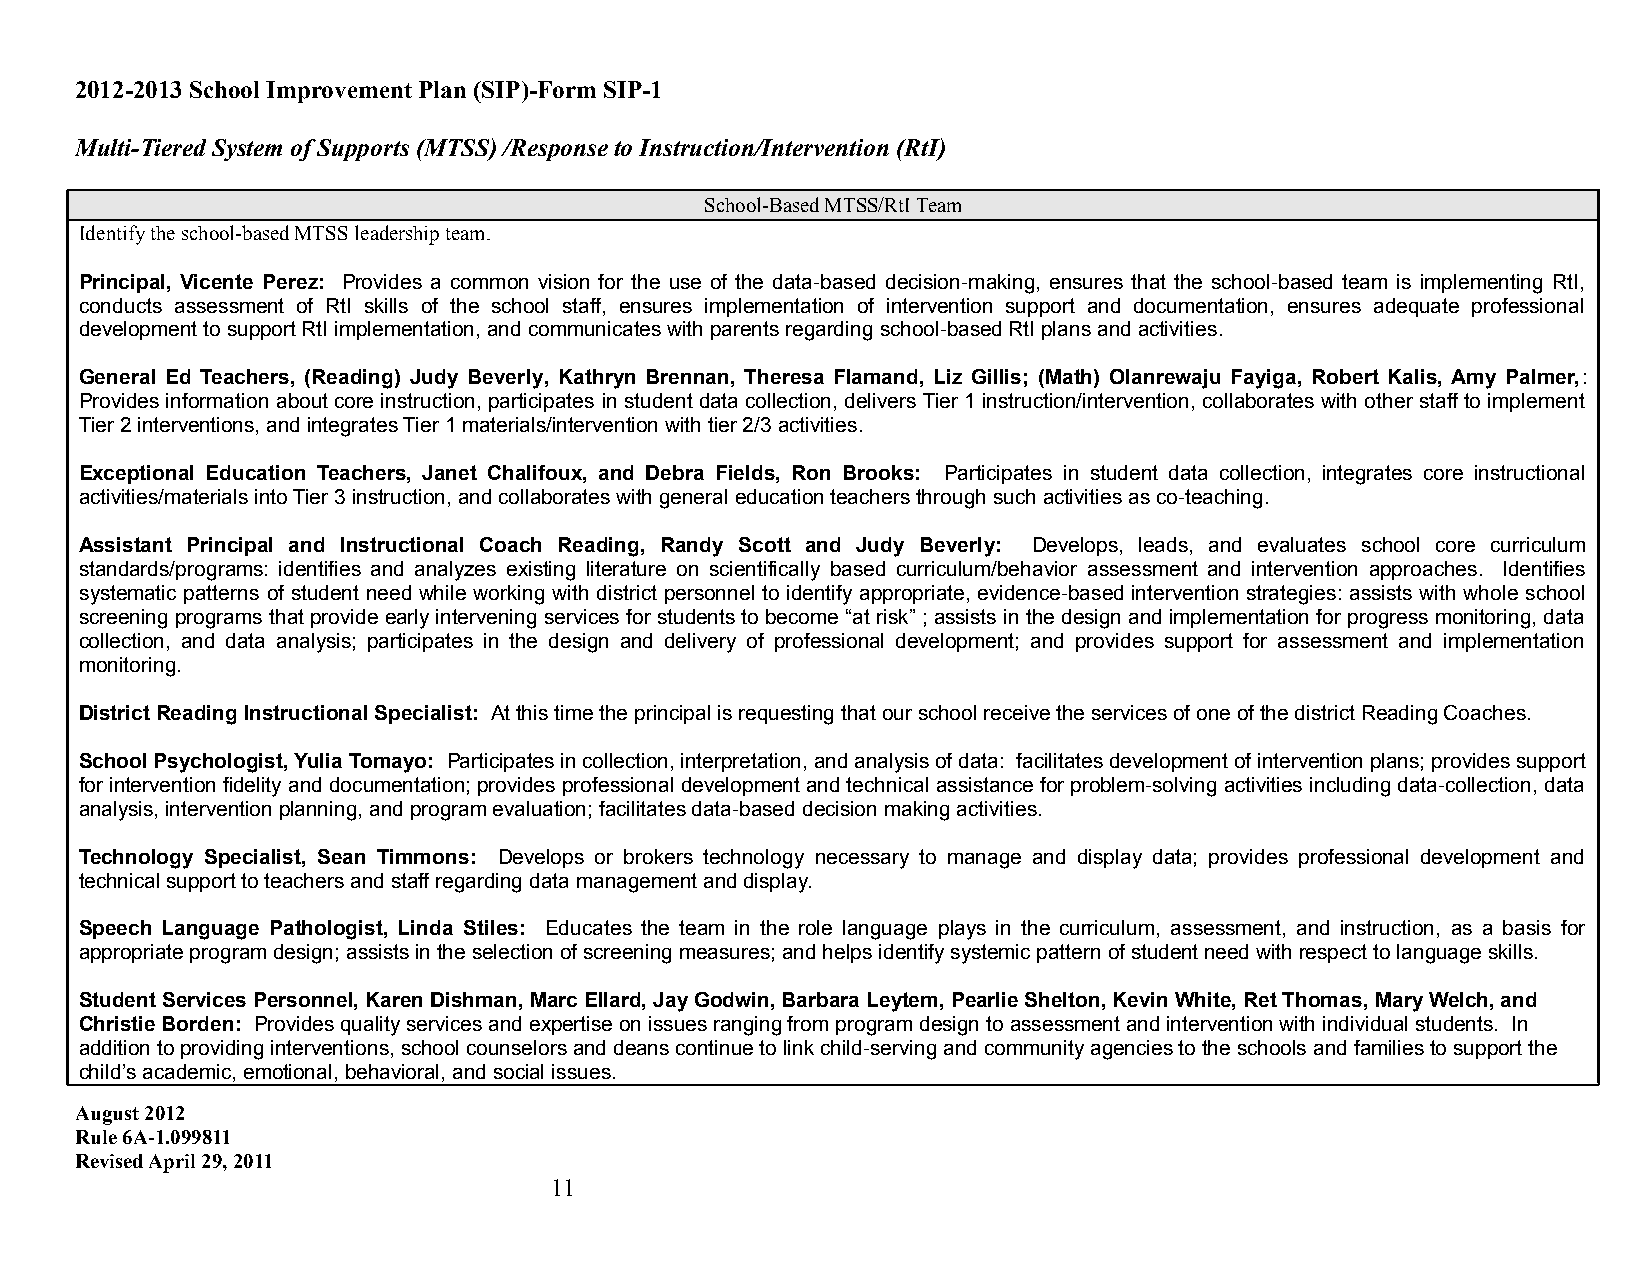
2012-2013 School Improvement Plan (SIP)-Form SIP-1
 Multi-Tiered System of Supports (MTSS) /Response to Instruction/Intervention (RtI)
 School-Based MTSS/RtI Team
 Identify the school-based MTSS leadership team.
 Principal, Vicente Perez: Provides a common vision for the use of the data-based decision-making, ensures that the school-based team is implementing RtI,
 conducts assessment of RtI skills of the school staff, ensures implementation of intervention support and documentation, ensures adequate professional
 development to support RtI implementation, and communicates with parents regarding school-based RtI plans and activities.
 General Ed Teachers, (Reading) Judy Beverly, Kathryn Brennan, Theresa Flamand, Liz Gillis; (Math) Olanrewaju Fayiga, Robert Kalis, Amy Palmer,:
 Provides information about core instruction, participates in student data collection, delivers Tier 1 instruction/intervention, collaborates with other staff to implement
 Tier 2 interventions, and integrates Tier 1 materials/intervention with tier 2/3 activities.
 Exceptional Education Teachers, Janet Chalifoux, and Debra Fields, Ron Brooks: Participates in student data collection, integrates core instructional
 activities/materials into Tier 3 instruction, and collaborates with general education teachers through such activities as co-teaching.
 Assistant Principal and Instructional Coach Reading, Randy Scott and Judy Beverly: Develops, leads, and evaluates school core curriculum
 standards/programs: identifies and analyzes existing literature on scientifically based curriculum/behavior assessment and intervention approaches. Identifies
 systematic patterns of student need while working with district personnel to identify appropriate, evidence-based intervention strategies: assists with whole school
 screening programs that provide early intervening services for students to become “at risk” ; assists in the design and implementation for progress monitoring, data
 collection, and data analysis; participates in the design and delivery of professional development; and provides support for assessment and implementation
 monitoring.
 District Reading Instructional Specialist: At this time the principal is requesting that our school receive the services of one of the district Reading Coaches.
 School Psychologist, Yulia Tomayo: Participates in collection, interpretation, and analysis of data: facilitates development of intervention plans; provides support
 for intervention fidelity and documentation; provides professional development and technical assistance for problem-solving activities including data-collection, data
 analysis, intervention planning, and program evaluation; facilitates data-based decision making activities.
 Technology Specialist, Sean Timmons: Develops or brokers technology necessary to manage and display data; provides professional development and
 technical support to teachers and staff regarding data management and display.
 Speech Language Pathologist, Linda Stiles: Educates the team in the role language plays in the curriculum, assessment, and instruction, as a basis for
 appropriate program design; assists in the selection of screening measures; and helps identify systemic pattern of student need with respect to language skills.
 Student Services Personnel, Karen Dishman, Marc Ellard, Jay Godwin, Barbara Leytem, Pearlie Shelton, Kevin White, Ret Thomas, Mary Welch, and
 Christie Borden: Provides quality services and expertise on issues ranging from program design to assessment and intervention with individual students. In
 addition to providing interventions, school counselors and deans continue to link child-serving and community agencies to the schools and families to support the
 child’s academic, emotional, behavioral, and social issues.
 August 2012
 Rule 6A-1.099811
 Revised April 29, 2011
 11